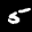
Label: 5